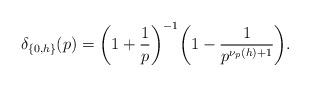
LaTeX: \begin{align*} \delta_{\{0,h\}}(p) = \bigg(1 + \frac{1}{p}\bigg)^{-1} \bigg(1 - \frac{1}{p^{\nu_p(h) + 1}}\bigg).\end{align*}